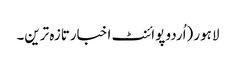
لاہور (اُردو پوائنٹ اخبارتازہ ترین۔